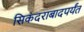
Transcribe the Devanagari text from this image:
सिकंदराबादपर्यंत